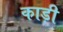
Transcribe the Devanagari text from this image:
काड़ी